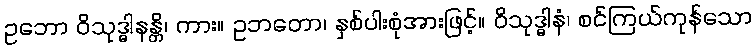
ဥဘော ဝိသုဒ္ဓါနန္တိ၊ ကား။ ဥဘတော၊ နှစ်ပါးစုံအားဖြင့်။ ဝိသုဒ္ဓါနံ၊ စင်ကြယ်ကုန်သော